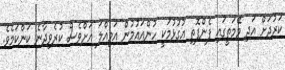
ކަރުދަށް އަދި މޭމަތީގައި ފެންފޮތި އުގުޅުމަކީ ހުންއައުމުން އަމިއްލަ އަށްވެސް ކުރެވިދާނެ ކަންކަމެވެ.